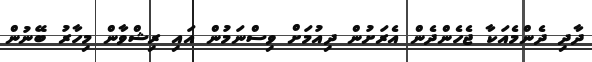
ދާދި ދެންމެއަކާ ޖެހެންދެން އެރަށުން ދިއުމަށް ވިސްނަމުން އައި ރިޝްވާން މިހާރު ބޭނުން